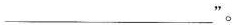
___“。